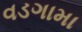
વડગામા